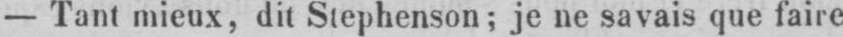
- Tant mieux, dit Stephenson; je ne savais que faire